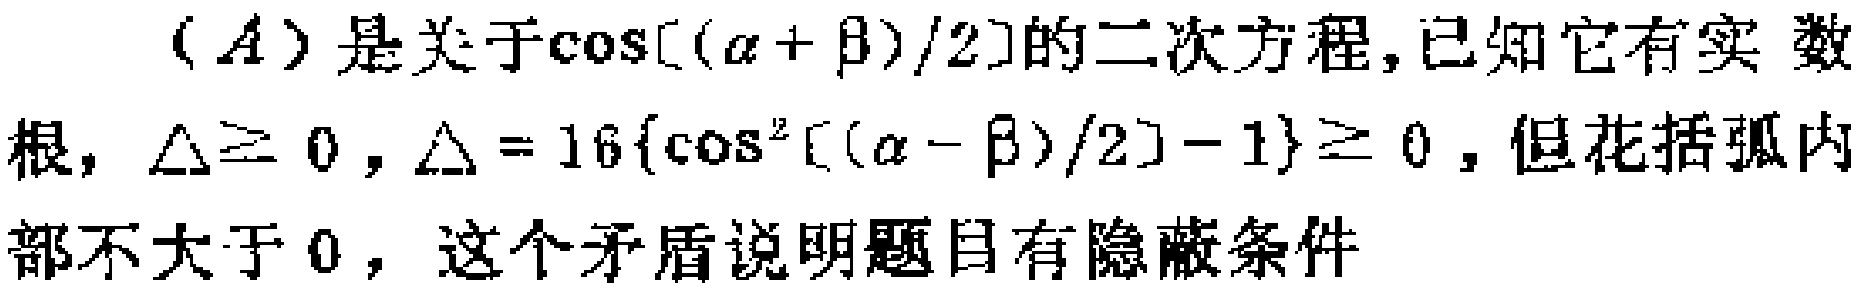
$(A)是关于\cos[(\alpha + \beta)/2]的二次方程,已知它有实数根,\Delta\geq 0,\Delta = 16\{\cos^{2}[(\alpha - \beta)/2]-1\}\geq 0,但花括弧内部不大于0,这个矛盾说明题目有隐蔽条件$